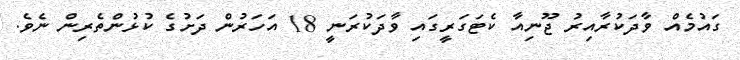
ގައުމެއް ވާދަކުރާއިރު ޖޫނިއާ ކެޓަގަރީގައި ވާދަކުރަނީ 18 އަހަރުން ދަށުގެ ކުޅުންތެރިން ނެވެ.